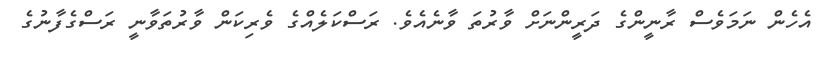
އެހެން ނަމަވެސް ރާނީންގެ ދަރީންނަށް ވާރުތަ ވާނެއެވެ. ރަސްކަލެއްގެ ވެރިކަން ވާރުތަވާނީ ރަސްގެފާނުގެ